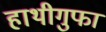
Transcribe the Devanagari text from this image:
हाथीगुफा